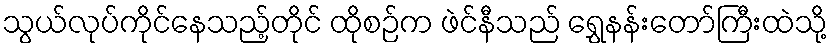
သွယ်လုပ်ကိုင်နေသည့်တိုင် ထိုစဉ်က ဖဲင်နီသည် ရွှေနန်းတော်ကြီးထဲသို့